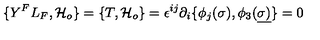
\{ Y ^ { F } L _ { F } , { \cal H } _ { o } \} = \{ T , { \cal H } _ { o } \} = \epsilon ^ { i j } \partial _ { i } \{ \phi _ { j } ( \sigma ) , \phi _ { 3 } ( \underline { { \sigma ) } } \} = 0